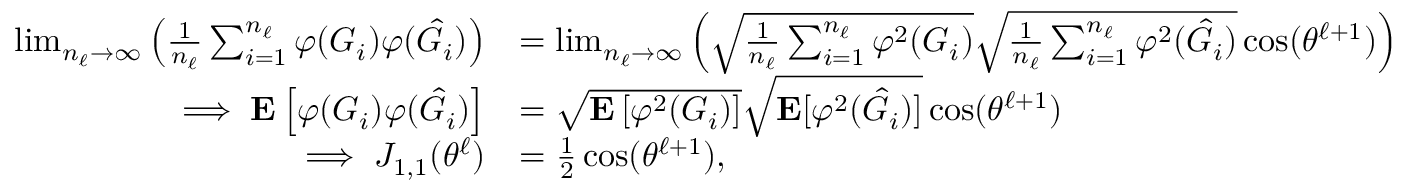
\begin{array} { r l } { \operatorname* { l i m } _ { n _ { \ell } \to \infty } \left( \frac { 1 } { n _ { \ell } } \sum _ { i = 1 } ^ { n _ { \ell } } { \varphi } ( G _ { i } ) { \varphi } ( \hat { G } _ { i } ) \right) } & { = \operatorname* { l i m } _ { n _ { \ell } \to \infty } \left( \sqrt { \frac { 1 } { n _ { \ell } } \sum _ { i = 1 } ^ { n _ { \ell } } { \varphi } ^ { 2 } ( G _ { i } ) } \sqrt { \frac { 1 } { n _ { \ell } } \sum _ { i = 1 } ^ { n _ { \ell } } { \varphi } ^ { 2 } ( \hat { G } _ { i } ) } \cos ( \theta ^ { \ell + 1 } ) \right) } \\ { \implies \mathbf { E } \left[ { \varphi } ( G _ { i } ) { \varphi } ( \hat { G } _ { i } ) \right] } & { = \sqrt { \mathbf { E } \left[ { \varphi } ^ { 2 } ( G _ { i } ) \right] } \sqrt { \mathbf { E } [ { \varphi } ^ { 2 } ( \hat { G } _ { i } ) ] } \cos ( \theta ^ { \ell + 1 } ) } \\ { \implies J _ { 1 , 1 } ( \theta ^ { \ell } ) } & { = \frac { 1 } { 2 } \cos ( \theta ^ { \ell + 1 } ) , } \end{array}